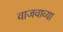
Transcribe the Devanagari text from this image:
वाजवाव्या